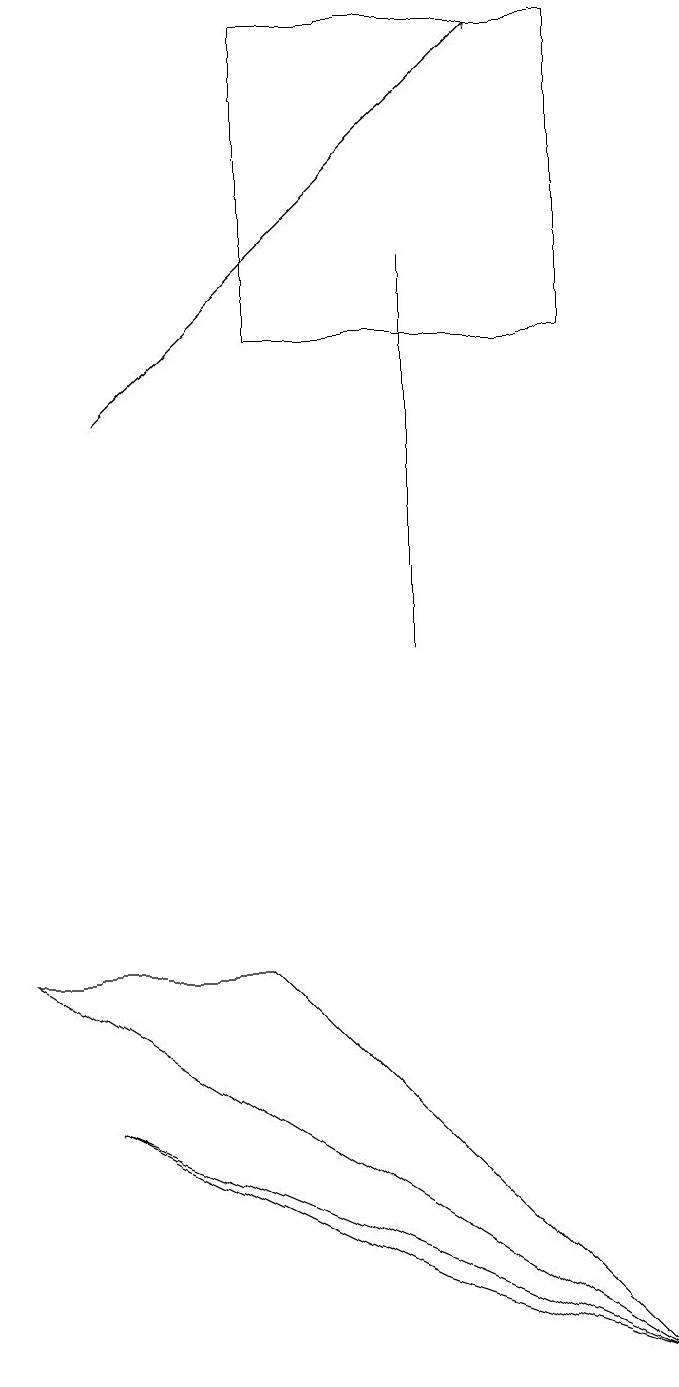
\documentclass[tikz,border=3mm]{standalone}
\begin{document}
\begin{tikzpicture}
\draw[->] (2,13) -- (7,18);
\draw (1,6) -- (4,6) -- (9,1) -- cycle;
\draw (9,1) -- (2,4) -- (6,2) -- cycle;
\draw (4,14) rectangle (8,18);
\draw (6,15) rectangle (6,10);
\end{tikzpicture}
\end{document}